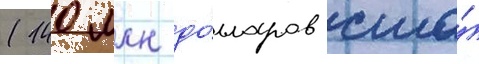
(140 млн до́лларов сша́